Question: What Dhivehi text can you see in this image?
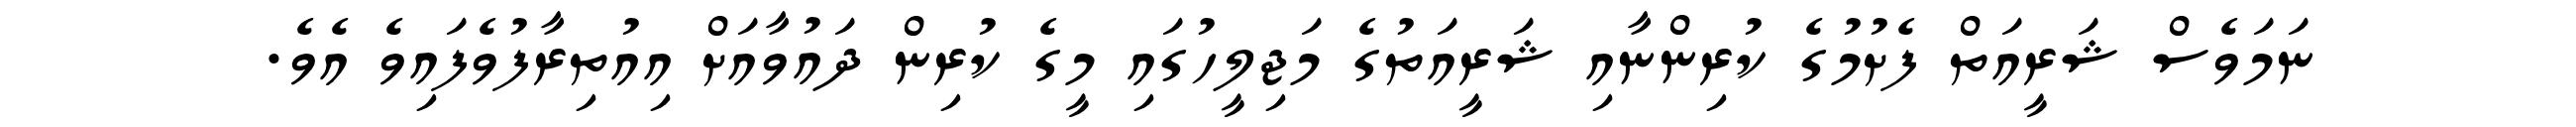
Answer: ނަމަވެސް ޝަރީއަތް ފެށުމުގެ ކުރިންނާއި ޝަރީއަތުގެ މަޖިލީހުގައި މީގެ ކުރިން ދައުވާއަށް އިއުތިރާފުވެފައިވެ އެވެ.